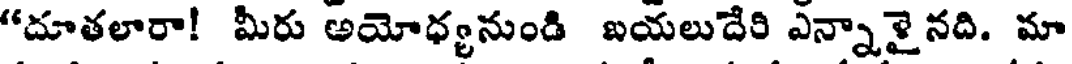
"దూతలారా! మీరు అయోధ్యనుండి బయలుదేరి ఎన్నాశైనది. మా